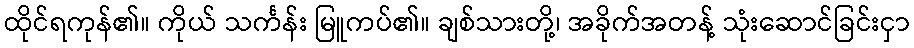
ထိုင်ရကုန်၏။ ကိုယ် သင်္ကန်း မြူကပ်၏။ ချစ်သားတို့၊ အခိုက်အတန့် သုံးဆောင်ခြင်းငှာ